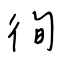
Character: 徇